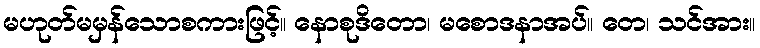
မဟုတ်မမှန်သောစကားဖြင့်။ နောစုဒိတော၊ မစောဒနာအပ်။ တေ၊ သင်အား။